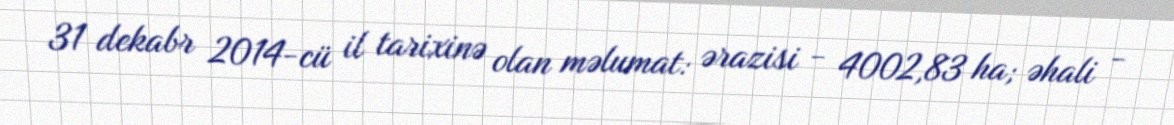
31 dekabr 2014-cü il tarixinə olan məlumat: ərazisi - 4002,83 ha; əhali -